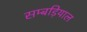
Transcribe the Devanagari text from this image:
सम्बड़ियाल